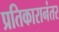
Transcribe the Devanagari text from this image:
प्रतिकारानंतर